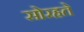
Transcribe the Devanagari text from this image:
सोरहते